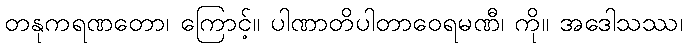
တနုကရဏတော၊ ကြောင့်။ ပါဏာတိပါတာဝေရမဏီ၊ ကို။ အဒေါသဿ၊